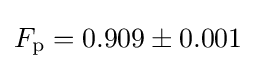
F_{\text{p}}=0.909\pm 0.001